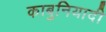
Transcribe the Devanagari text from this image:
काबुनियादी